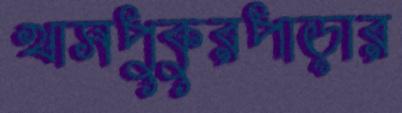
খাসপুকুরপাড়ার